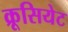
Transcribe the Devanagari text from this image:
क्रूसियेट